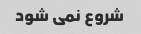
شروع نمی شود